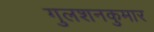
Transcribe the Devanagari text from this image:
गुलशनकुमार